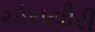
ચૌરાચૌરી